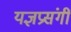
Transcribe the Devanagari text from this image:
यज्ञप्रसंगीं